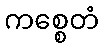
ကစ္စေတံ